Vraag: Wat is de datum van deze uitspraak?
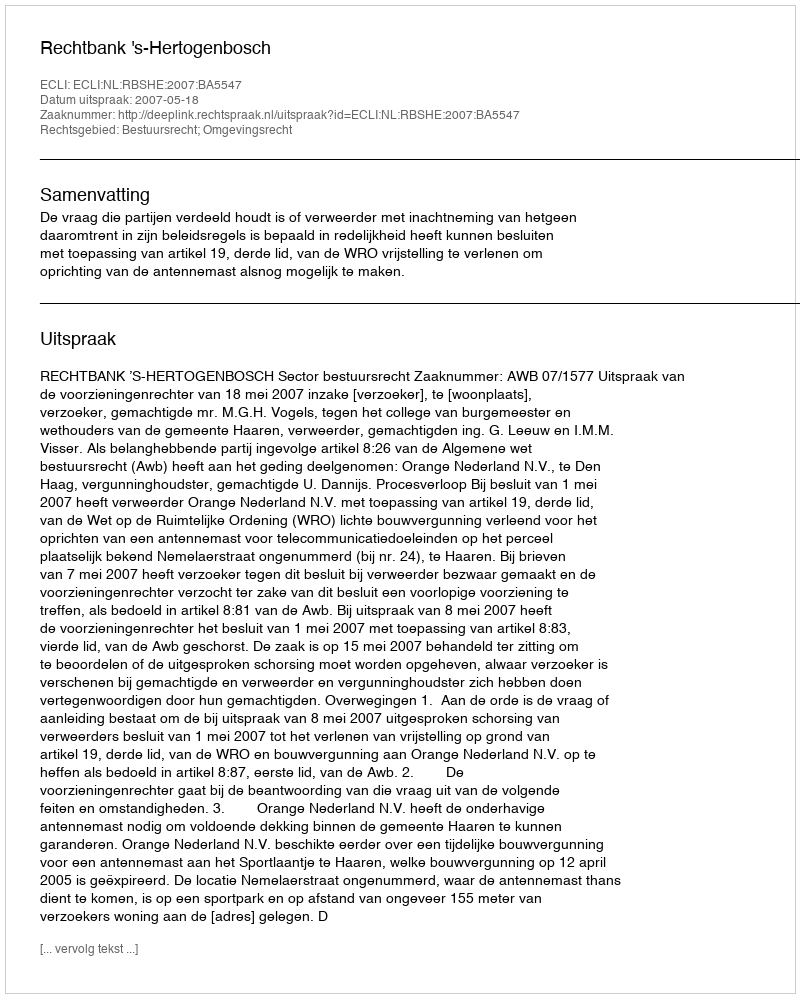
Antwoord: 2007-05-18